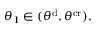
\theta _ { 1 } \in ( \theta ^ { \mathrm { d } } , \theta ^ { \mathrm { c r } } ) ,